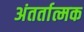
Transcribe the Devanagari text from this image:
अंतर्तात्मक